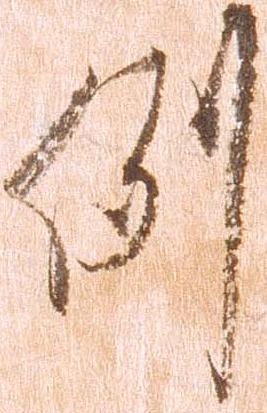
例